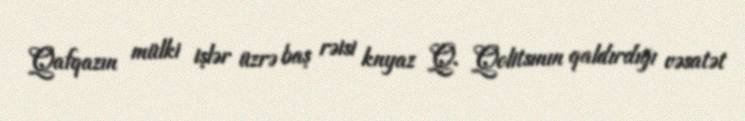
Qafqazın mülki işlər üzrə baş rəisi knyaz Q. Qolitsının qaldırdığı vəsatət